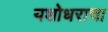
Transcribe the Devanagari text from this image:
यशोधराचा